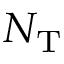
N _ { \mathrm { T } }